Annual administration report of the Civil Veterinary Department of India - 1901-1902
Year: 1901
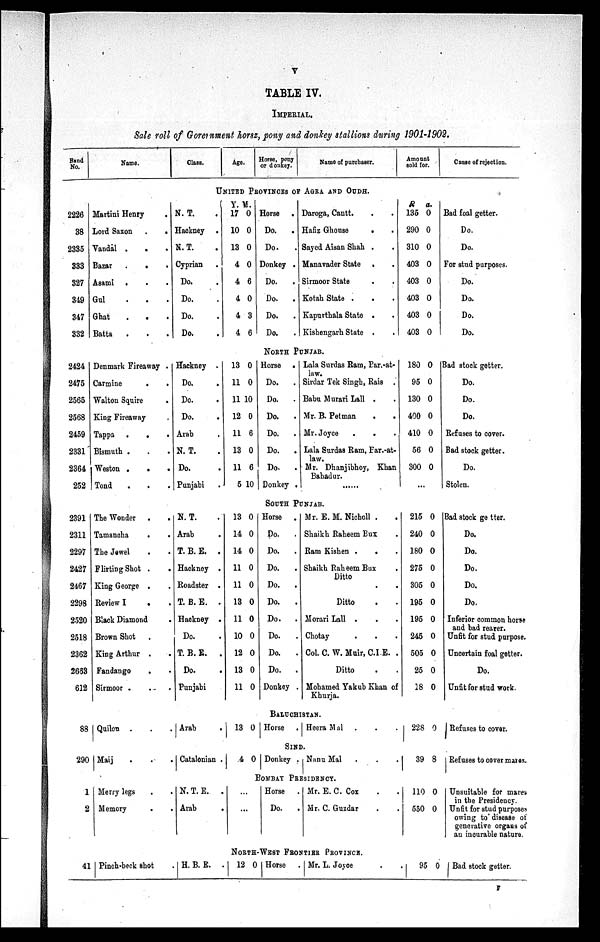
V
TABLE IV.
IMPERIAL.
Sale roll of Goretnment horsz, pony and donkey stallions during 1901-1902.
Band
No.
Name.
Class.
Age.
Horse, pony
or donkey.
Name of purchaser.
Amount
sold for.
Cause of rejection.
UNITED
PROVINCE OF AGRA AND OUDH.
2226
38
2385
333
327
349
347
332
Martini Henry .
Lord Saxon .
.
Vandal . . .
Bazar . . .
Asami .
. .
Gul
.
.
.
Ghat . . .
Batta
. . .
N. T. .
Hackney .
N. T. .
Cyprian .
Do.
Do.
Do.
Do.
Y.
17
10
13
4
4
4
4
4
M.
0
0
0
0
6
0
3
6
Horse .
Do. .
Do. .
Donkey .
Do. .
Do. .
Do.
.
Do.
.
Daroga, Cantt. . .
Hafiz Ghouse . .
Sayed Aisan Shah . .
Manavader State . .
Sirmoor State . .
Kotah State . . .
Kapurthala State . .
Kishengarh State . .
R
135
290
310
403
403
403
403
403
a.
0
0
0
0
0
0
0
0
Bad foal getter.
Do.
Do.
For stud purposes.
Do.
Do.
Do.
Do.
NORTH PUNJAB.
2424
2475
2565
2568
2459
2331
2364
252
Denmark Fireaway .
Carmine
.
.
Walton Squire
.
King Fireaway
Tappa . . .
Bismuth . . .
Weston .
.
.
Tond . . .
Hackney .
Do. .
Do. .
Do. .
Arab .
N. T. .
Do. .
Punjabi .
13
11
11
12
11
13
11
5
0
0
10
0
6
0
6
10
Horse .
Do.
.
Do.
.
Do.
.
Do.
.
Do. .
Do.
.
Donkey .
Lala Surdas Ram, Par.-at-
law.
Sirdar Tek Singh, Rais .
Babu Murari Lall . .
Mr. B. Petman . .
Mr. Joyce
.
. .
Lala Surdas Ram, Far.-at-
laws.
Mr. Dhanjibhoy, Khan
Bahadur.
180
95
130
400
410
56
300
..
0
0
0
0
0
0
0
.
Bad stock getter.
Do.
Do.
Do.
Refuses to cover.
Bad stock getter.
Do.
Stolen.
SOUTH PUNJAB.
2391
2311
2297
2427
2467
2298
2520
2518
2362
2663
612
The Wonder . .
Tamancha
. .
The Jewel . .
Flirting Shot . .
King George . .
Review I . .
Black Diamond .
Brown Shot .
King Arthur .
.
Fandango . .
Sirmoor . . .
N. T. .
Arab .
T. B. E. .
Hackney .
Roadster .
T. B. E. .
Hackney .
Do.
T. B. E.
.
Do.
Punjabi
13
14
14
11
11
13
11
10
12
13
11
0
0
0
0
0
0
0
0
0
0
0
Horse .
Do.
.
Do.
.
Do.
.
Do.
.
Do.
.
Do.
.
Do.
.
Do.
.
Do.
.
Donkey .
Mr. E. M. Nicholl . .
Shaikh Raheem Bux .
Ram Kishen .
. .
Shaikh Raheem Bux .
Ditto
. .
Ditto . .
Morari Lall . . .
Chotay . . .
Col. C. W. Muir, C.I.E. .
Ditto . .
Mohamed Yakub Khan of
Khurja.
215
240
180
275
305
195
195
245
505
25
18
0
0
0
0
0
0
0
0
0
0
0
Bad stock ge tter.
Do.
Do.
Do.
Do.
Do.
Inferior common horse
and bad rearer.
Unfit for stud purpose.
Uncertain foal getter.
Do.
Unfit for stud work.
BALUCHISTAN.
88 Quilon . . .
Arab
. 13 0 Horse .
Heera Mal . . .
228 0
Refuses to cover.
SIND.
290 Maij . ..
Catalonian .
4 0 Donkey. Nanu Mal . . .
39 8 Refuses to cover mares.
BOMBAY PRESIDENCY.
1
2
Merry legs
Memory
N. T. E. .
Arab
.
...
.. .
Horse.
Do.
.
Mr. E. C. Cox . .
Mr. C. Guzdar . .
110
550
0
0
Unsuitable for mares
in the Presidency.
Unfit for stud purposes
owing to disease of
generative organs of
an incurable nature.
NORTH-WEST FRONTIER PROVINCE.
41 Pinch-beck shot .
H. B. E. . 12 0 Horse . | Mr. L. Joyce .
95 0 Bad stock getter.
F